Report of the Indian Hemp Drugs Commission, 1894-1895 - Volume VI
Year: 1894
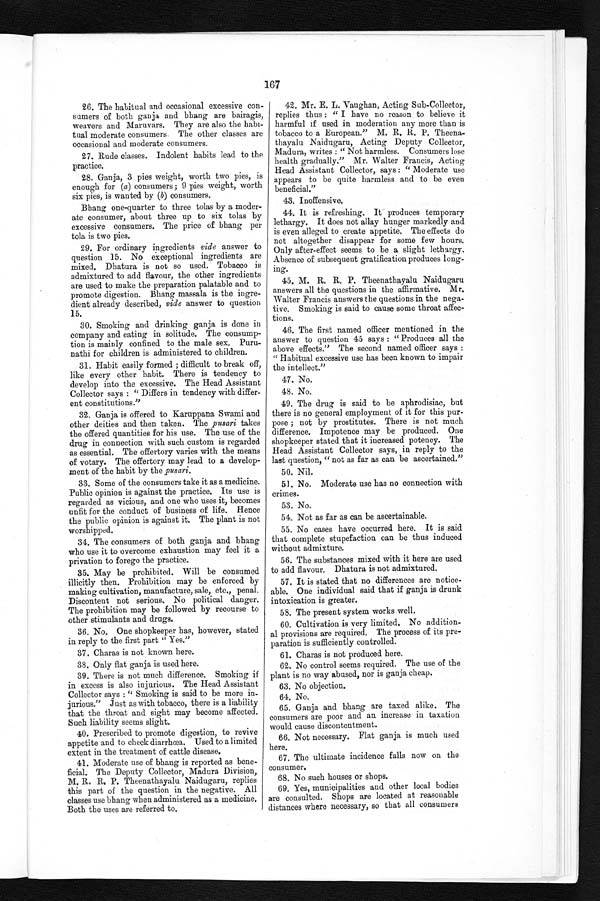
167
26. The habitual and occasional excessive con-
sumers of both ganja and bhang are bairagis,
weavers and Maruvars. They are also the habi-
tual moderate consumers. The other classes are
occasional and moderate consumers.
27. Rude classes. Indolent habits lead to the
practice.
28. Ganja, 3 pies weight, worth two pies, is
enough for (a) consumers ; 9 pies weight, worth
six pies, is wanted by (b) consumers.
Bhang one-quarter to three tolas by a moder-
ate consumer, about three up to six tolas by
excessive consumers. The price of bhang per
tola is two pies.
29. For ordinary ingredients vide answer to
question 15. No exceptional ingredients are
mixed. Dhatura is not so used. Tobacco is
admixtured to add flavour, the other ingredients
are used to make the preparation palatable and to
promote digestion. Bhang massala is the ingre-
dient already described, vide answer to question
15.
30. Smoking and drinking ganja is done in
company and eating in solitude. The consump-
tion is mainly confined to the male sex. Puru-
nathi for children is administered to children.
31. Habit easily formed ; difficult to break off,
like every other habit. There is tendency to
develop into the excessive. The Head Assistant
Collector says : " Differs in tendency with differ-
ent constitutions."
32. Ganja is offered to Karuppana Swami and
other deities and then taken. The pusari takes
the offered quantities for his use. The use of the
drug in connection with such custom is regarded
as essential. The offertory varies with the means
of votary. The offertory may lead to a develop-
ment of the habit by the pusari.
33. Some of the consumers take it as a medicine.
Public opinion is against the practice. Its use is
regarded as vicious, and one who uses it, becomes
unfit for the conduct of business of life. Hence
the public opinion is against it. The plant is not
worshipped.
34. The consumers of both ganja and bhang
who use it to overcome exhaustion may feel it a
privation to forego the practice.
35. May be prohibited. Will be consumed
illicitly then. Prohibition may be enforced by
making cultivation, manufacture, sale, etc., penal.
Discontent not serious. No political danger.
The prohibition may be followed by recourse to
other stimulants and drugs.
36. No. One shopkeeper has, however, stated
in reply to the first part " Yes."
37. Charas is not known here.
38. Onl y f l at ganj a i s us ed her e.
39. There is not much difference. Smoking if
in excess is also injurious. The Head Assistant
Collector says : " Smoking is said to be more in-
jurious." Just as with tobacco, there is a liability
that the throat and sight may become affected.
Such liability seems slight.
40. Prescribed to promote digestion, to revive
appetite and to check diarrhœa. Used to a limited
extent in the treatment of cattle disease.
41. Moderate use of bhang is reported as bene--
ficial. The Deputy Collector, Madura Division,
M. R. R. P. Theenathayalu Naidugaru, replies
this part of the question in the negative. All
classes use bhang when administered as a medicine.
Both the uses are referred to.
42. Mr. E. L. Vaughan, Acting Sub-Collector,
replies thus : " I have no reason to believe it
harmful if used in moderation any more than is
tobacco to a European." M. R. R. P. Theena--
thayalu Naidugaru, Acting Deputy Collector,
Madura, writes : "Not harmless. Consumers lose
health gradually." Mr. Walter Francis, Acting
Head Assistant Collector, says : " Moderate use
appears to be quite harmless and to be even
beneficial."
43. Inoffensive.
44. It is refreshing. It produces temporary
lethargy. It does not allay hunger markedly and
is even alleged to create appetite. The effects do
not altogether disappear for some few hours.
Only after-effect seems to be a slight lethargy.
Absence of subsequent gratification produces long-
ing.
45. M. R. R. P. Theenathayalu Naidugaru
answers all the questions in the affirmative. Mr.
Walter Francis answers the questions in the nega-
tive. Smoking is said to cause some throat affec-
tions.
46. The first named officer mentioned in the
answer to question 45 says : " Produces all the
above effects." The second named officer says :
" Habitual excessive use has been known to impair
the intellect."
47. No.
48. No.
49. The drug is said to be aphrodisiac, but
there is no general employment of it for this pur-
pose ; not by prostitutes. There is not much
difference. Impotence may be produced. One
shopkeeper stated that it increased potency. The
Head Assistant Collector says, in reply to the
last question, " not as far as can be ascertained."
50. Nil.
51. No. Moderate use has no connection with
crimes.
53. No.
54. Not as far as can be ascertainable.
55. No cases have occurred here. It is said
that complete stupefaction can be thus induced
without admixture.
56. The substances mixed with it here are used
to add flavour. Dhatura is not admixtured.
57. It is stated that no differences are notice-
able. One individual said that if ganja is drunk
intoxication is greater.
58. The present system works well.
60. Cultivation is very limited. No addition--
al provisions are required. The process of its pre-
paration is sufficiently controlled.
61. Charas is not produced here.
62. No control seems required. The use of the
plant is no way abused, nor is ganja cheap.
63. No objection.
64. No.
65. Ganja and bhang are taxed alike. The
consumers are poor and an increase in taxation
would cause discontentment.
66. Not necessary. Flat ganja is much used
here.
67. The ultimate incidence falls now on the
consumer.
68. No such houses or shops.
69. Yes, municipalities and other local bodies
are consulted. Shops are located at reasonable
distances where necessary, so that all consumers